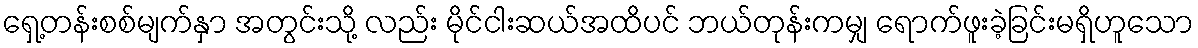
ရှေ့တန်းစစ်မျက်နှာ အတွင်းသို့ လည်း မိုင်ငါးဆယ်အထိပင် ဘယ်တုန်းကမျှ ရောက်ဖူးခဲ့ခြင်းမရှိဟူသော